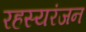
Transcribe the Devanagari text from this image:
रहस्यरंजन